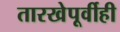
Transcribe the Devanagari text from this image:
तारखेपूर्वीही